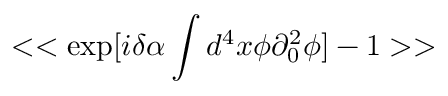
< < \exp [ i \delta \alpha \int d ^ { 4 } x \phi \partial _ { 0 } ^ { 2 } \phi ] - 1 > >